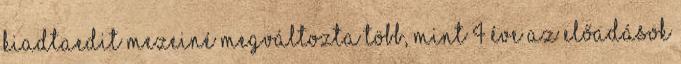
KiadtaEdit Mezeiné Megváltozta több, mint 4 éve Az előadások